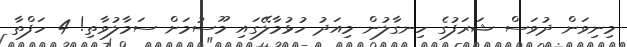
މިނިވަން ދުވަސް ޝަރަފުގެ ހިނގާލުން މިއަދު ހުޅުމާލޭގައި މޫސުމަށް ސަމާލުވާތި! 4 ހަފްތާ